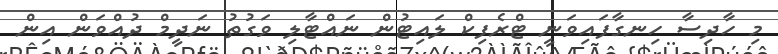
މި ހާދިސާ ހިނގާފައިވަނީ ޓްރެފިކް ލައިޓުން ނައްޓާލި ވަގުތު ނަދީމް ދުއްވަން އިން